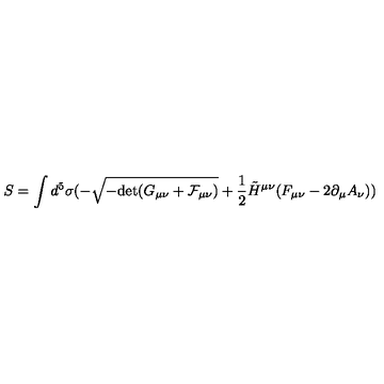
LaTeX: S = \int d ^ { 5 } \sigma ( - \sqrt { - \mathrm { d e t } ( G _ { \mu \nu } + \cal F _ { \mu \nu } ) } + \frac { 1 } { 2 } \tilde { H } ^ { \mu \nu } ( F _ { \mu \nu } - 2 \partial _ { \mu } A _ { \nu } ) )